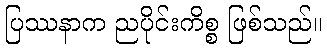
ပြဿနာက ညပိုင်းကိစ္စ ဖြစ်သည်။